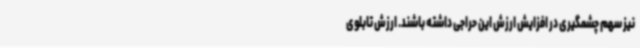
نیز سهم چشمگیری در افزایش ارزش این حراجی داشته باشند. ارزش تابلوی